Civil Veterinary Department. Central Provinces & Berar 1925-31 - 1925-1931
Year: 1925
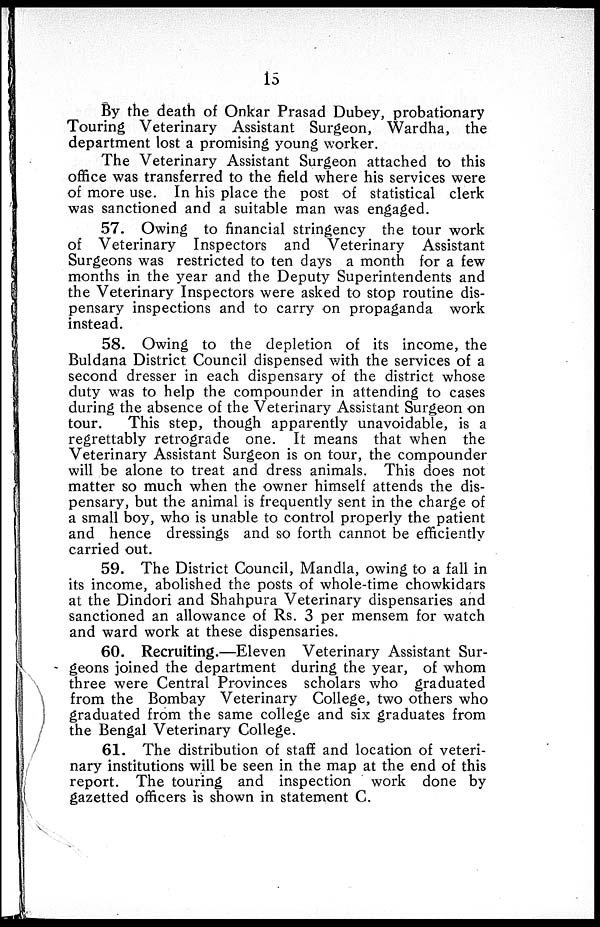
15
By the death of Onkar Prasad Dubey, probationary
Touring Veterinary Assistant Surgeon, Wardha, the
department lost a promising young worker.
The Veterinary Assistant Surgeon attached to this
office was transferred to the field where his services were
of more use. In his place the post of statistical clerk
was sanctioned and a suitable man was engaged.
57. Owing to financial stringency the tour work
of Veterinary Inspectors and Veterinary Assistant
Surgeons was restricted to ten days a month for a few
months in the year and the Deputy Superintendents and
the Veterinary Inspectors were asked to stop routine dis-
pensary inspections and to carry on propaganda work
instead.
58. Owing to the depletion of its income, the
Buldana District Council dispensed with the services of a
second dresser in each dispensary of the district whose
duty was to help the compounder in attending to cases
during the absence of the Veterinary Assistant Surgeon on
tour.
This step, though apparently unavoidable, is a
regrettably retrograde one. It means that when the
Veterinary Assistant Surgeon is on tour, the compounder
will be alone to treat and dress animals. This does not
matter so much when the owner himself attends the dis-
pensary, but the animal is frequently sent in the charge of
a small boy, who is unable to control properly the patient
and hence dressings and so forth cannot be efficiently
carried out.
59. The District Council, Mandla, owing to a fall in
its income, abolished the posts of whole-time chowkidars
at the Dindori and Shahpura Veterinary dispensaries and
sanctioned an allowance of Rs. 3 per mensem for watch
and ward work at these dispensaries.
60. Recruiting.—Eleven Veterinary Assistant Sur-
geons joined the department during the year, of whom
three were Central Provinces scholars who graduated
from the Bombay Veterinary College, two others who
graduated from the same college and six graduates from
the Bengal Veterinary College.
61. The distribution of staff and location of veteri-
nary institutions will be seen in the map at the end of this
report. The touring and inspection work done by
gazetted officers is shown in statement C.